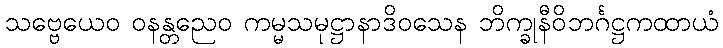
သဗ္ဗေယေဝ ဝနန္တညေဝ ကမ္မသမုဋ္ဌာနာဒိဝသေန ဘိက္ခုနီဝိဘင်္ဂဋ္ဌကထာယံ